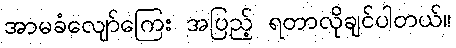
အာမခံလျော်ကြေး အပြည့် ရတာလိုချင်ပါတယ်။